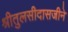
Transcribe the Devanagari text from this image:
श्रीतुलसीदासजीने